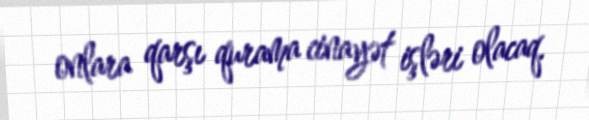
onlara qarşı qurama cinayət işləri olacaq.